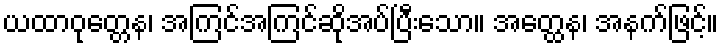
ယထာဝုတ္တေန၊ အကြင်အကြင်ဆိုအပ်ပြီးသော။ အတ္ထေန၊ အနက်ဖြင့်။